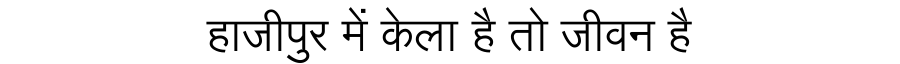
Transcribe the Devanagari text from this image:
हाजीपुर में केला है तो जीवन है